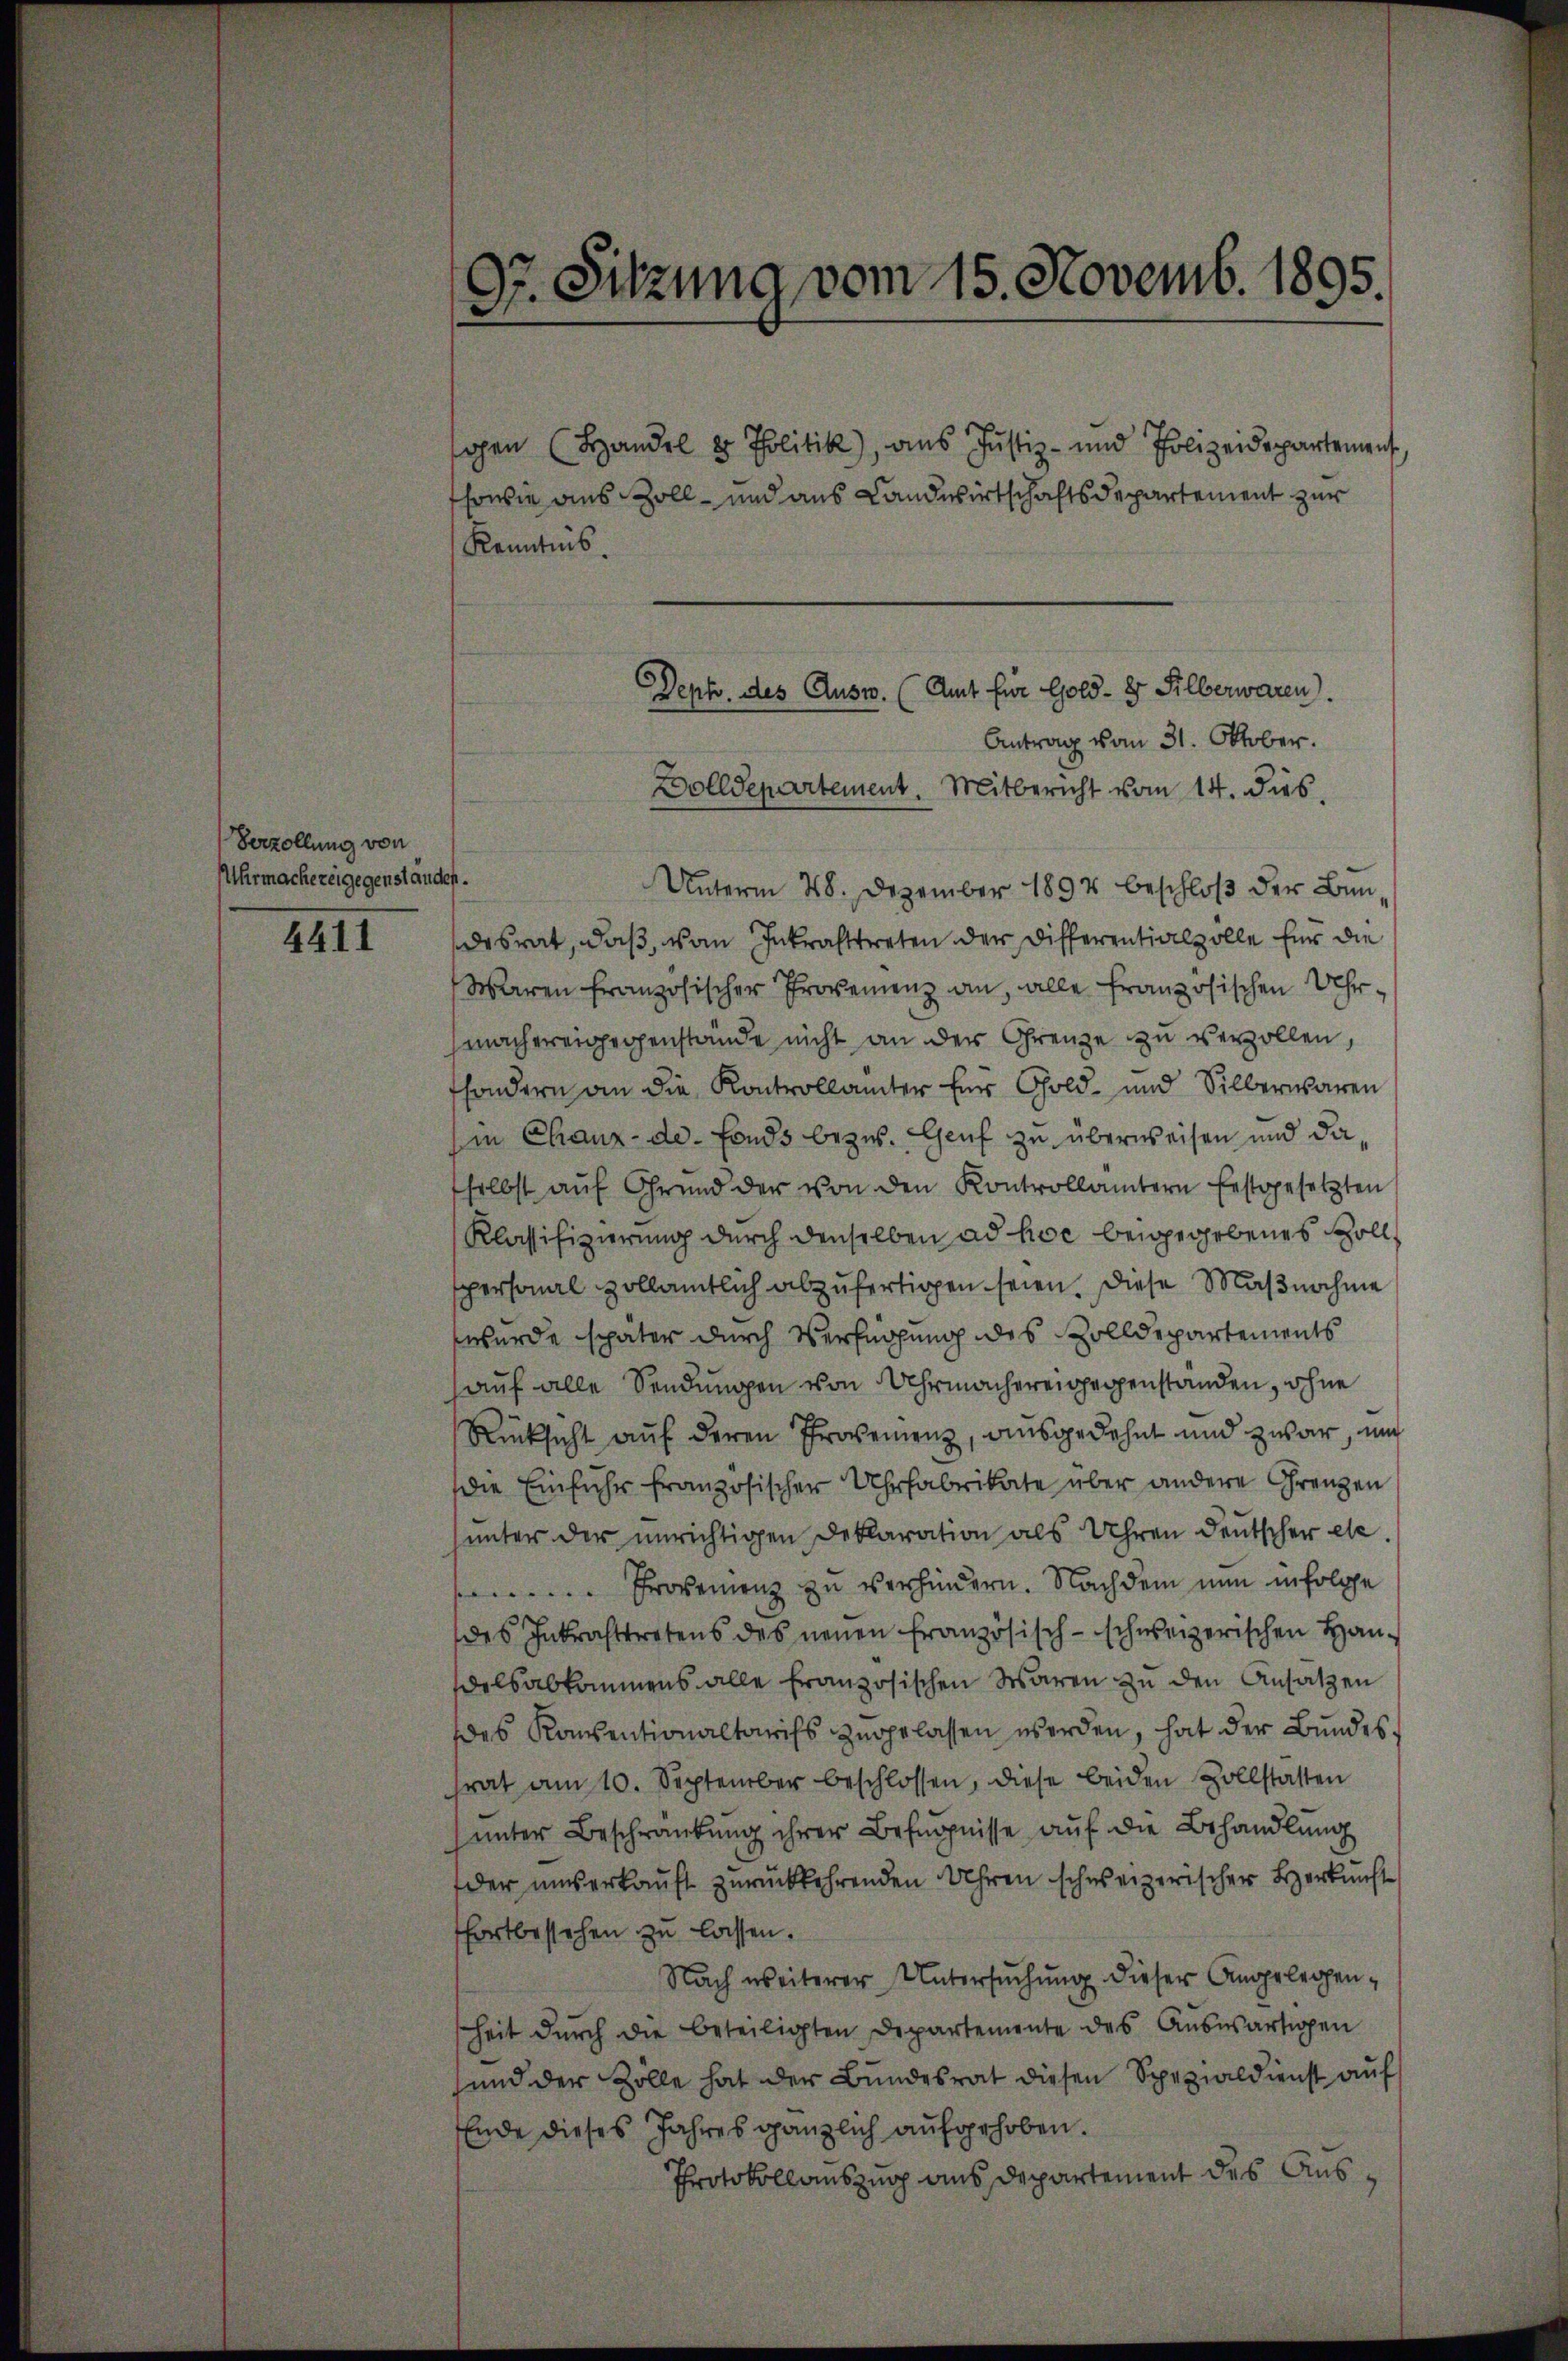
Verzollung von
Uhrmachereigegenstanden.

4411

Dr. Sitzung vom 15. Novemb. 1895.

gen (Handel & Politik), aus Justiz- und Polizeidepartement,
sowie aus Zoll- und aus Landwirtschaftsdepartement zur
Kenntnis.
Unterm 28. Dezember 1894 beschloß der Bundesrat, daß, von Inkrafttreten der Differentialzolle für die
Waaren französischer Provenienz an, alle französischen Uhrmachereigegenstände nicht an der Grenze zu verzollen,
tsondern an die Kontrollämter für Gold- und Silberwaren
in Chaux-de-Fonds bezw. Genf zu überweisen und daselbst aŭf Grŭnd der von den Kontrollämtern festgesetzten
Klassifizierung durch denselben ad hoc beigegebenes Sollspersonal vollamtlich abzufertigen seien. Diese Maßnahme
wurde später durch Verfügung des Zolldepartements
auf alle Sendungen von Uhrmachereigegenstanden, ohne
Rücksicht auf deren Provenienz, ausgedehnt und zwar, und
Die Einfuhr französischer Uhrfabrikate über andere Grenzen
unter der unrichtigen Deklaration als Uhren deutscher etc.
Erovenienz zu verhindern. Nachdem nun in solche
des Inkrafttretens des neuen französisch-schweizerischen Handelsabkommens alle französischen Waren zu den Ansätzen
es Konsentionaltarifs zugelassen werden, hat der Bŭndes-
frat am 10. September beschlossen, diese beiden Zollstatten
ŭnter Beschränkung ihrer Befugnisse auf die Behandlung
der unserkauft zurückkehrenden Uhren schweizerischer Herkunft
fortbestehen zu lassen.
Nach weiterer Untersuchung dieser Angelegenheit dŭrch die beteiligten Departemente des Aŭswärtigen
sind der Zolle hat der Bundesrat diesen Spezialdienst auf
Ende dieses Jahres gänzlich aufgehoben.
Protokollauszug aus Departement des Aus¬

Dept. des Ausw. (Amt für Gold- & Silberwaren.
Antrag vom 31. Oktober.
Bolldepartement. Mitbericht vom 14. dies